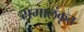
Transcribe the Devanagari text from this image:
रामालंकृत